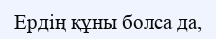
Ердің құны болса да,